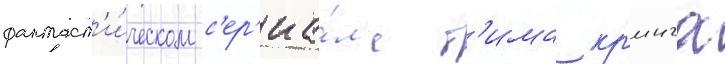
фантаст'и́ческом с'ер'иа́л'е т'има кр'инга